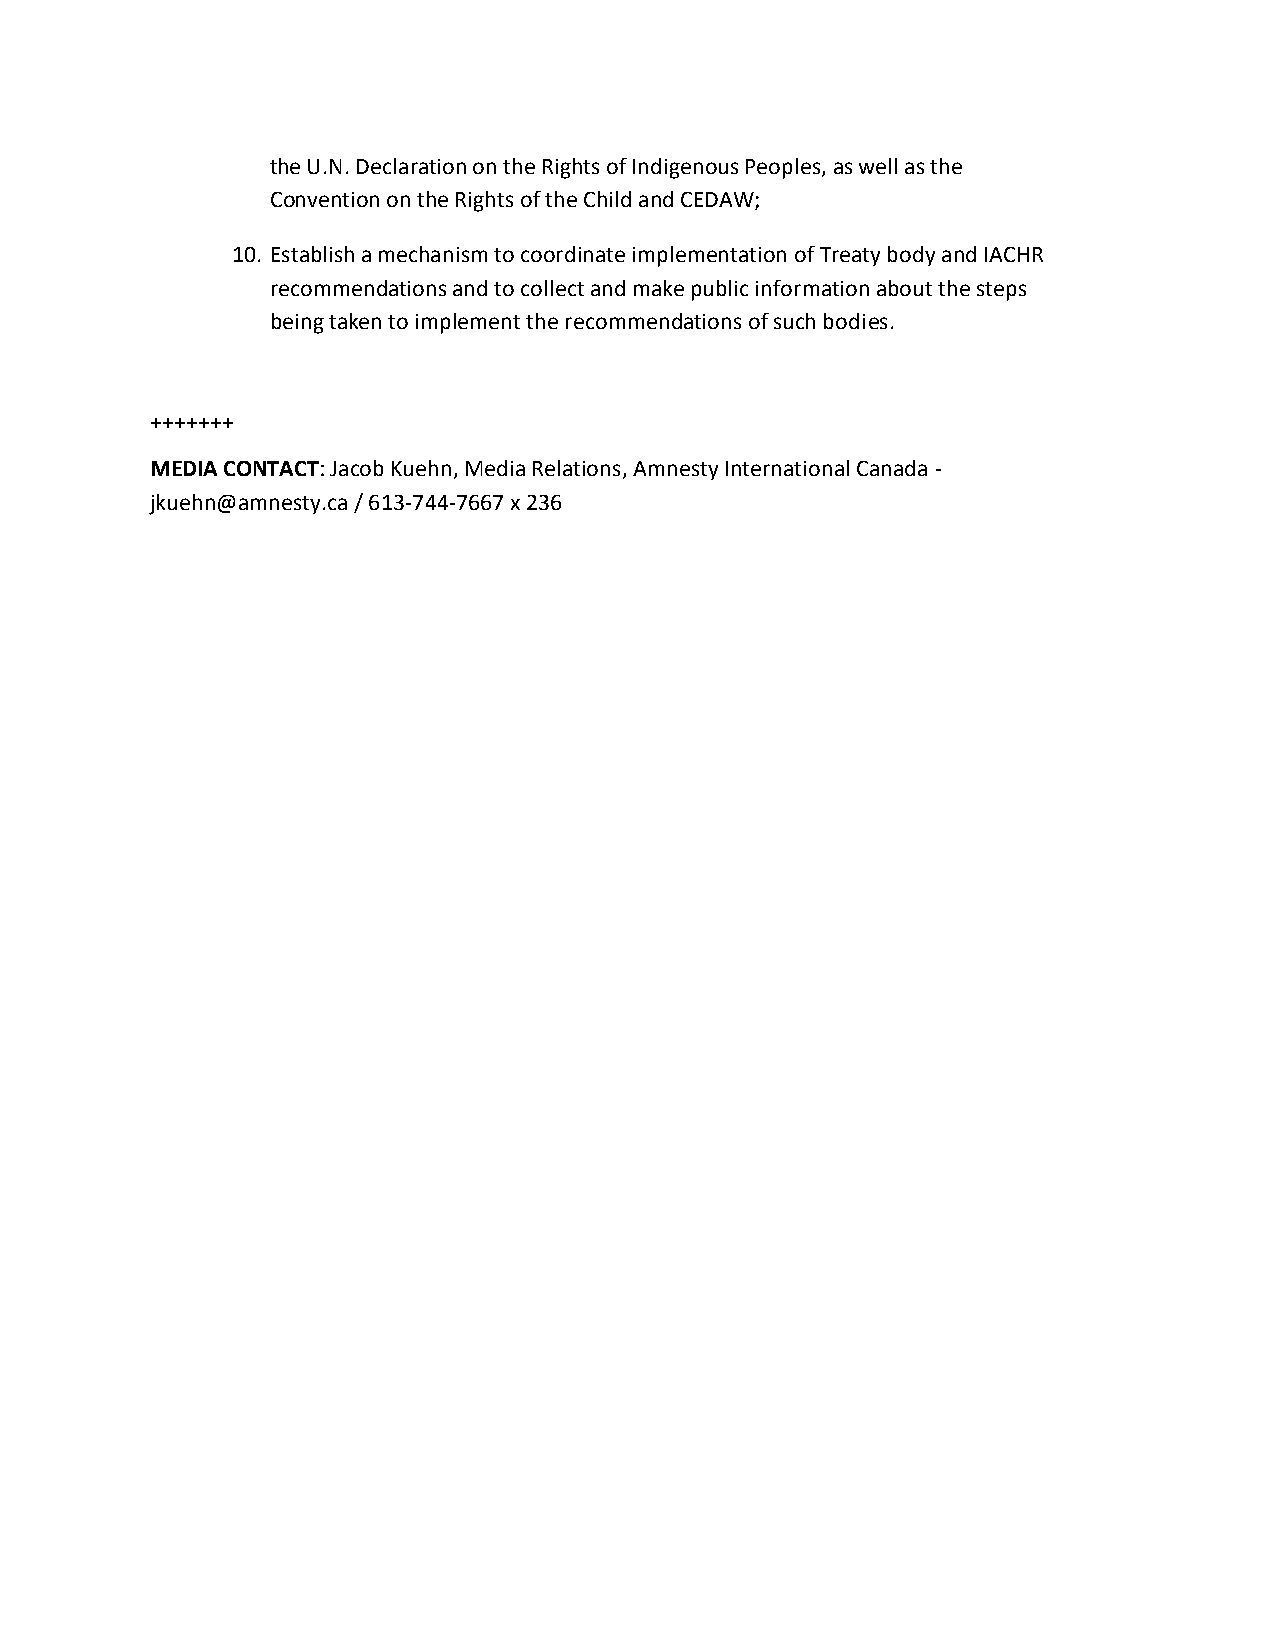
the U.N. Declaration on the Rights of Indigenous Peoples, as well as the
 Convention on the Rights of the Child and CEDAW;
 10. Establish a mechanism to coordinate implementation of Treaty body and IACHR
 recommendations and to collect and make public information about the steps
 being taken to implement the recommendations of such bodies.
 +++++++
 MEDIA CONTACT: Jacob Kuehn, Media Relations, Amnesty International Canada -
 jkuehn@amnesty.ca / 613-744-7667 x 236